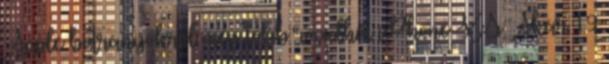
Apple botrányokról még több rövidhír iPhone XS Akár 19